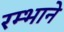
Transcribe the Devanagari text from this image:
रम्भाने